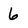
Character: 6